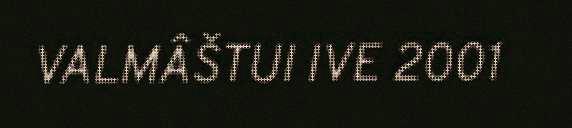
VALMÂŠTUI IVE 2001